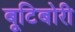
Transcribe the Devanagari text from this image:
बूटिबोरी